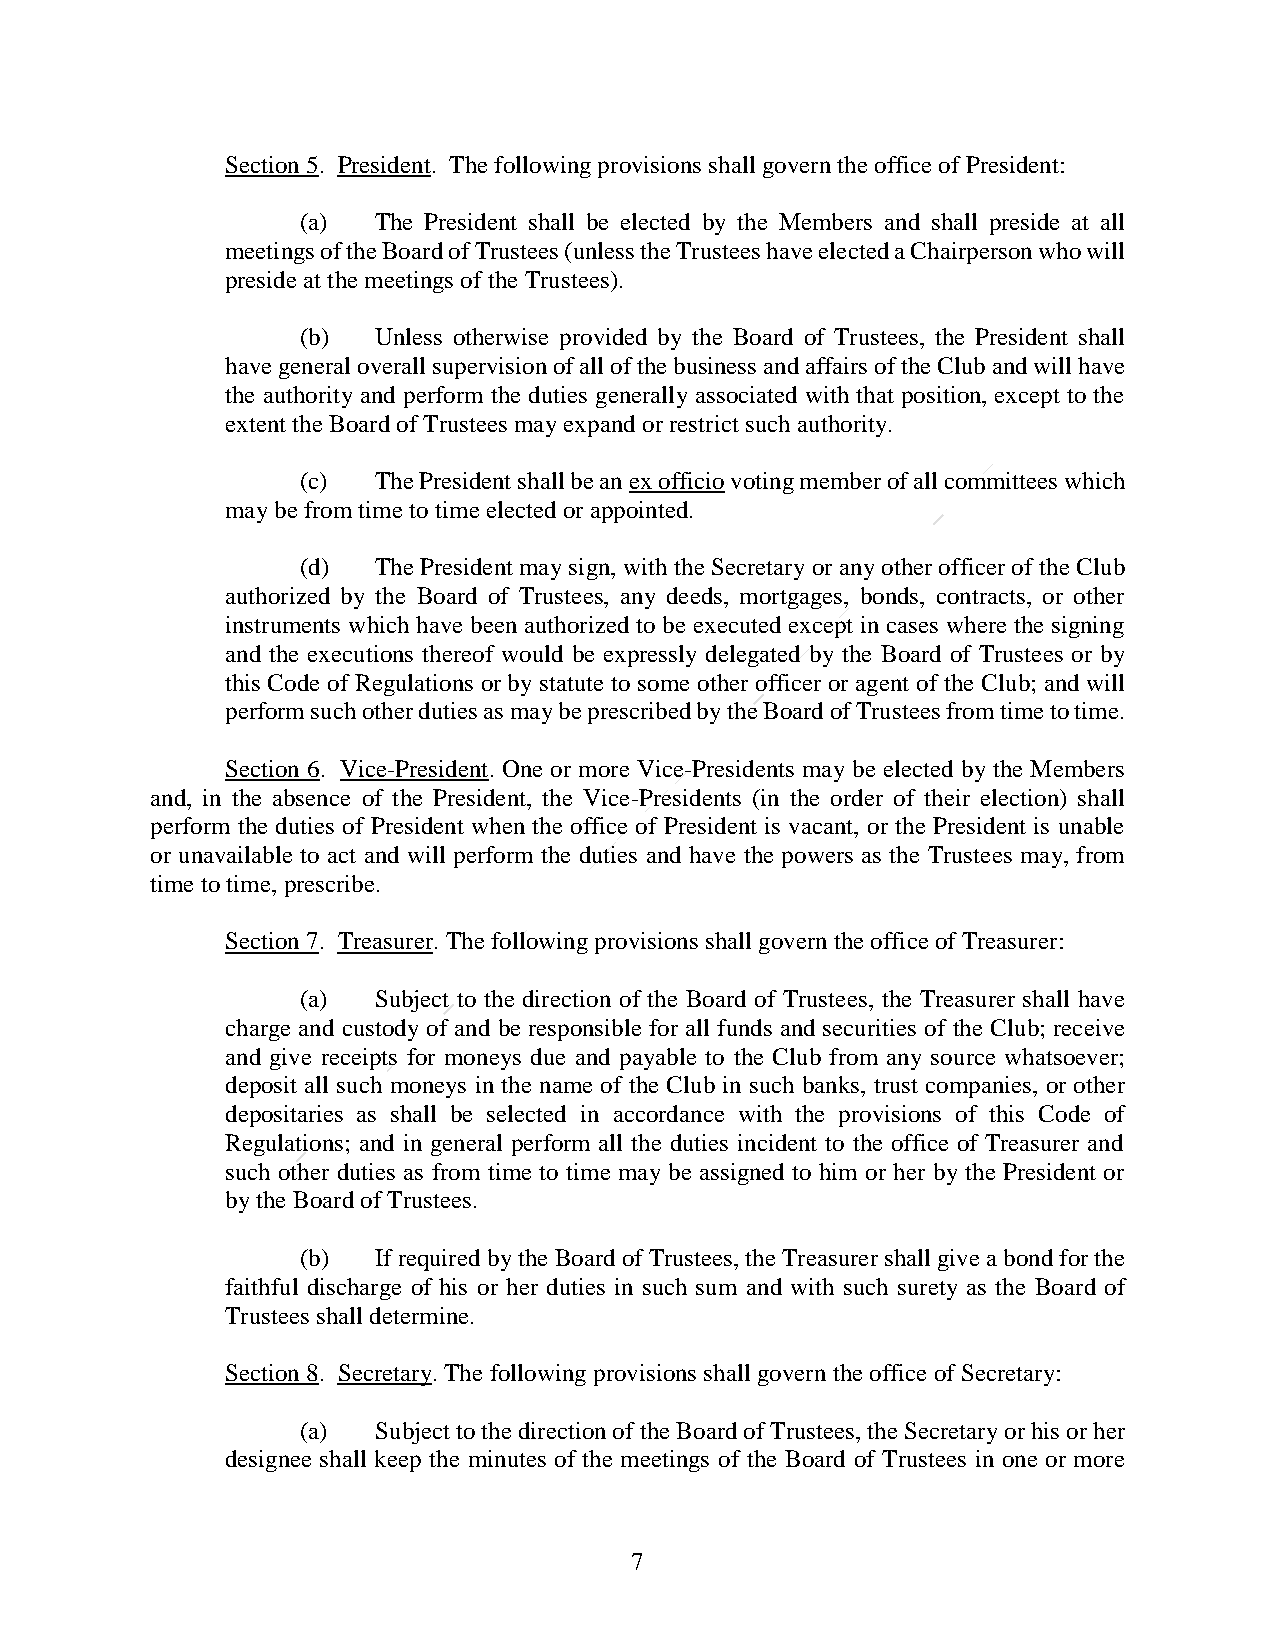
Section 5. President. The following provisions shall govern the office of President:
 (a)  The President shall be elected by the Members and shall preside at all
 meetings of the Board of Trustees (unless the Trustees have elected a Chairperson who will
 preside at the meetings of the Trustees).
 (b)  Unless otherwise provided by the Board of Trustees, the President shall
 have general overall supervision of all of the business and affairs of the Club and will have
 the authority and perform the duties generally associated with that position, except to the
 extent the Board of Trustees may expand or restrict such authority.
 (c)  The President shall be an ex officio voting member of all committees which
 may be from time to time elected or appointed.
 (d)  The President may sign, with the Secretary or any other officer of the Club
 authorized by the Board of Trustees, any deeds, mortgages, bonds, contracts, or other
 instruments which have been authorized to be executed except in cases where the signing
 and the executions thereof would be expressly delegated by the Board of Trustees or by
 this Code of Regulations or by statute to some other officer or agent of the Club; and will
 perform such other duties as may be prescribed by the Board of Trustees from time to time.
 Section 6. Vice-President. One or more Vice-Presidents may be elected by the Members
 and, in the absence of the President, the Vice-Presidents (in the order of their election) shall
 perform the duties of President when the office of President is vacant, or the President is unable
 or unavailable to act and will perform the duties and have the powers as the Trustees may, from
 time to time, prescribe.
 Section 7. Treasurer. The following provisions shall govern the office of Treasurer:
 (a)  Subject to the direction of the Board of Trustees, the Treasurer shall have
 charge and custody of and be responsible for all funds and securities of the Club; receive
 and give receipts for moneys due and payable to the Club from any source whatsoever;
 deposit all such moneys in the name of the Club in such banks, trust companies, or other
 depositaries as shall be selected in accordance with the provisions of this Code of
 Regulations; and in general perform all the duties incident to the office of Treasurer and
 such other duties as from time to time may be assigned to him or her by the President or
 by the Board of Trustees.
 (b)  If required by the Board of Trustees, the Treasurer shall give a bond for the
 faithful discharge of his or her duties in such sum and with such surety as the Board of
 Trustees shall determine.
 Section 8. Secretary. The following provisions shall govern the office of Secretary:
 (a)  Subject to the direction of the Board of Trustees, the Secretary or his or her
 designee shall keep the minutes of the meetings of the Board of Trustees in one or more
 7